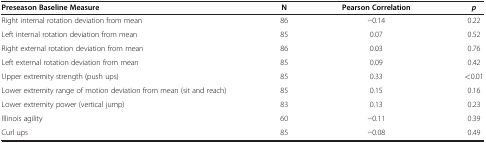
<table><thead><tr><td><b>Preseason Baseline Measure</b></td><td><b>N</b></td><td><b>Pearson Correlation</b></td><td><b><i>p</i></b></td></tr></thead><tbody><tr><td>Right internal rotation deviation from mean</td><td>86</td><td>−0.14</td><td>0.22</td></tr><tr><td>Left internal rotation deviation from mean</td><td>85</td><td>0.07</td><td>0.52</td></tr><tr><td>Right external rotation deviation from mean</td><td>86</td><td>0.03</td><td>0.76</td></tr><tr><td>Left external rotation deviation from mean</td><td>85</td><td>0.09</td><td>0.42</td></tr><tr><td>Upper extremity strength (push ups)</td><td>85</td><td>0.33</td><td>&lt;0.01</td></tr><tr><td>Lower extremity range of motion deviation from mean (sit and reach)</td><td>85</td><td>0.15</td><td>0.16</td></tr><tr><td>Lower extremity power (vertical jump)</td><td>83</td><td>0.13</td><td>0.23</td></tr><tr><td>Illinois agility</td><td>60</td><td>−0.11</td><td>0.39</td></tr><tr><td>Curl ups</td><td>85</td><td>−0.08</td><td>0.49</td></tr></tbody></table>